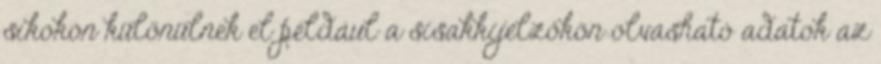
síkokon különülnek el például a sisakkijelzőkön olvasható adatok az